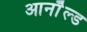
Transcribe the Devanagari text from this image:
आर्नाॅल्ड